Civil Veterinary Dept. North-West Frontier Province 1901-22 - 1901-1922
Year: 1901
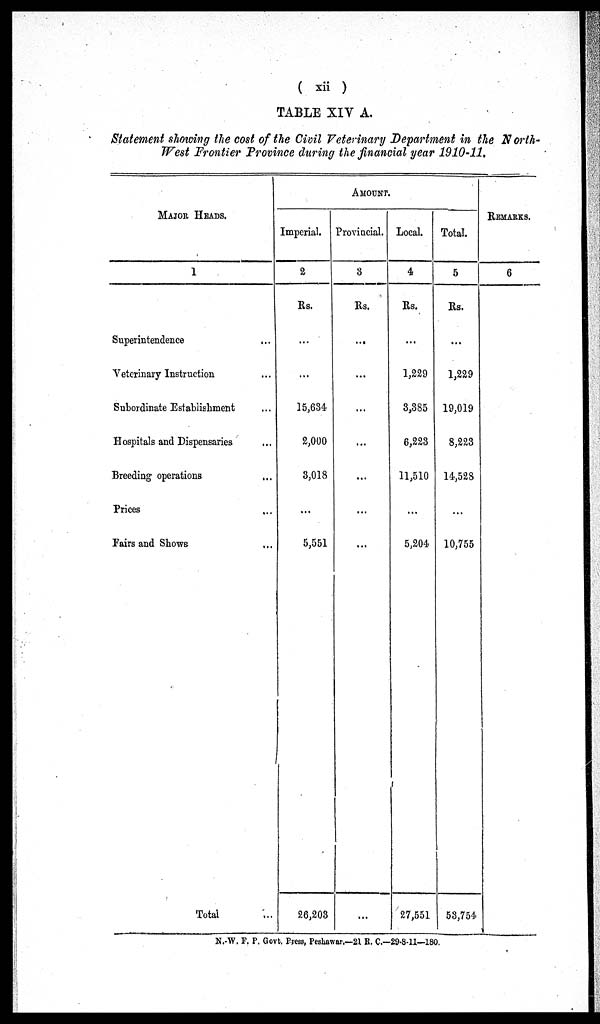
( xii )
TABLE XIV A.
Statement showing the cost of the Civil Veterinary Department in the North-
West Frontier Province during the financial year 1910-11.
MAJOR HEADS.
1
Superintendence …
Veterinary Instruction …
Subordinate Establishment …
Hospitals and Dispensaries …
Breeding operations …
Prices …
Fairs and Shows …
Total …
AMOUNT.
Imperial.
2
Rs.
...
...
15,634
2,000
3,018
...
5,551
26,203
Provincial.
3
Rs.
...
...
...
...
...
...
...
...
Local.
4
Rs.
...
1,229
3,385
6,223
11,510
...
5,204
27,551
Total.
5
Rs.
...
1,229
19,019
8,223
14,528
...
10,755
53,754
REMARKS.
6
N.-W. F. P. Govt. Press, Peshawar.—21 R. C.—29-8-11—180.